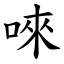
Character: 唻